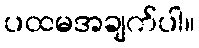
ပထမအချက်ပါ။